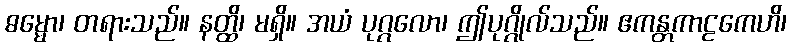
ဓမ္မော၊ တရားသည်။ နတ္ထိ၊ မရှိ။ အယံ ပုဂ္ဂလော၊ ဤပုဂ္ဂိုလ်သည်။ ဧကန္တကာဠကေဟိ၊